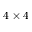
4 \times 4